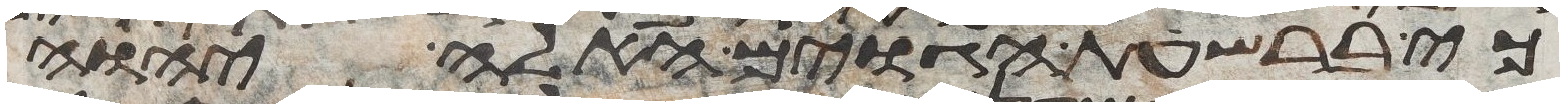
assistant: כי ברשעת הגוים האלה יהוה